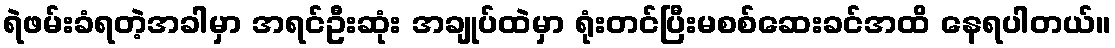
ရဲဖမ်းခံရတဲ့အခါမှာ အရင်ဦးဆုံး အချုပ်ထဲမှာ ရုံးတင်ပြီးမစစ်ဆေးခင်အထိ နေရပါတယ်။